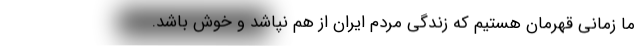
ما زمانی قهرمان هستیم که زندگی مردم ایران از هم نپاشد و خوش باشد.